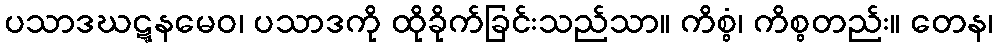
ပသာဒဃဋ္ဋနမေဝ၊ ပသာဒကို ထိုခိုက်ခြင်းသည်သာ။ ကိစ္စံ၊ ကိစ္စတည်း။ တေန၊